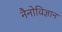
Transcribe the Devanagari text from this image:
नैनोविज्ञान